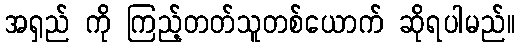
အရှည် ကို ကြည့်တတ်သူတစ်ယောက် ဆိုရပါမည်။